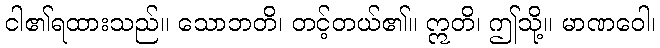
ငါ၏ရထားသည်။ သောဘတိ၊ တင့်တယ်၏။ ဣတိ၊ ဤသို့။ မာဏဝေါ၊